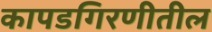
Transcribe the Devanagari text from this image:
कापडगिरणीतील